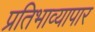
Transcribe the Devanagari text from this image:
प्रतिभाव्यापार